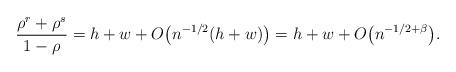
LaTeX: \begin{align*}\frac{\rho^r+\rho^s}{1-\rho}=h+w +O\bigl(n^{-1/2}(h+w)\bigr)=h+w+O\bigl(n^{-1/2+\beta}\bigr).\end{align*}